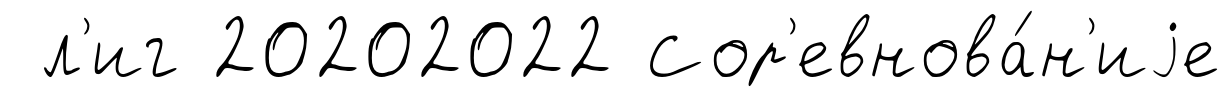
л'иг 20202022 Сор'евнова́н'иjе